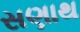
સણાથ